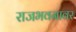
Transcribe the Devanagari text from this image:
राजभवनावर